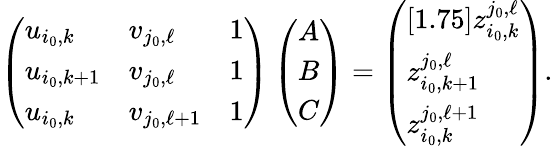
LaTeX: \left(\begin{array}{lll}{u_{i_{0},k}}&{v_{j_{0},\ell}}&{1}\\ {u_{i_{0},k+1}}&{v_{j_{0},\ell}}&{1}\\ {u_{i_{0},k}}&{v_{j_{0},\ell+1}}&{1}\end{array}\right)\left(\begin{array}{l}{A}\\ {B}\\ {C}\end{array}\right)=\left(\begin{array}{l}{[1.75]z_{i_{0},k}^{j_{0},\ell}}\\ {z_{i_{0},k+1}^{j_{0},\ell}}\\ {z_{i_{0},k}^{j_{0},\ell+1}}\end{array}\right).